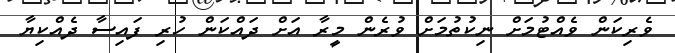
ވެރިކަން ވެއްޓުމަށް ނިކުތުމަށް ވުރެން މީރާ އަށް ދައްކަން ހުރި ފައިސާ ދެއްކިޔާ